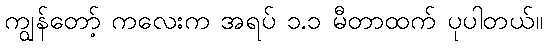
ကျွန်တော့် ကလေးက အရပ် ၁.၁ မီတာထက် ပုပါတယ်။